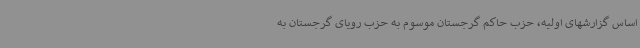
اساس گزارشهای اولیه، حزب حاکم گرجستان موسوم به حزب رویای گرجستان به